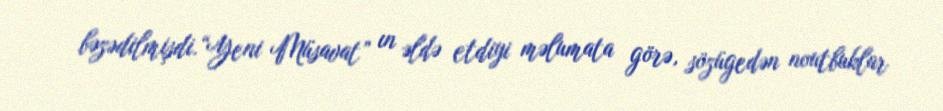
bəzədilmişdi.“Yeni Müsavat” ın əldə etdiyi məlumata görə, sözügedən noutbuklar